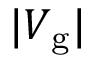
| V _ { \mathrm { g } } |